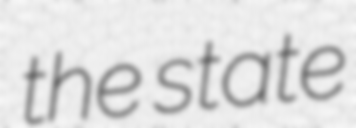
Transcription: the state